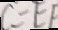
C = E F